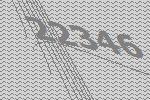
22346